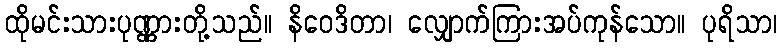
ထိုမင်းသားပုဏ္ဏားတို့သည်။ နိဝေဒိတာ၊ လျှောက်ကြားအပ်ကုန်သော။ ပုရိသာ၊